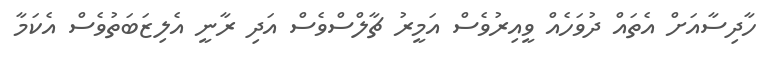
ހާދިސާއަށް އެތައް ދުވަހެއް ވީއިރުވެސް އަމީރު ޗާލްސްވެސް އަދި ރާނީ އެލިޒަބަތުވެސް އެކަމާ